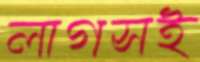
লাগসই